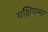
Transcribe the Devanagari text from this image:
यक्षियम्मा